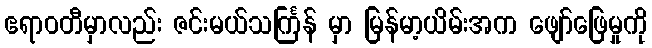
ဧရာဝတီမှာလည်း ဇင်းမယ်သင်္ကြန် မှာ မြန်မာ့ယိမ်းအက ဖျော်ဖြေမှုကို